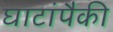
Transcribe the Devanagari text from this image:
घाटांपैकी